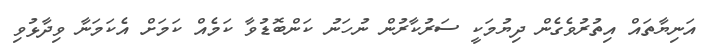
އަނިޔާތައް އިތުރުވެގެން ދިޔުމަކީ ސަރުކާރުން ނުހަނު ކަންބޮޑުވާ ކަމެއް ކަމަށް އެކަމަނާ ވިދާޅުވި